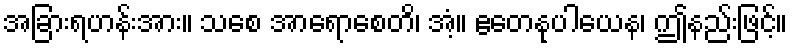
အခြားရဟန်းအား။ သစေ အာရောစေတိ၊ အံ့။ ဧတေနုပါယေန၊ ဤနည်းဖြင့်။